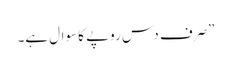
”صرف دس روپے کا سوال ہے۔